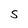
Character: S